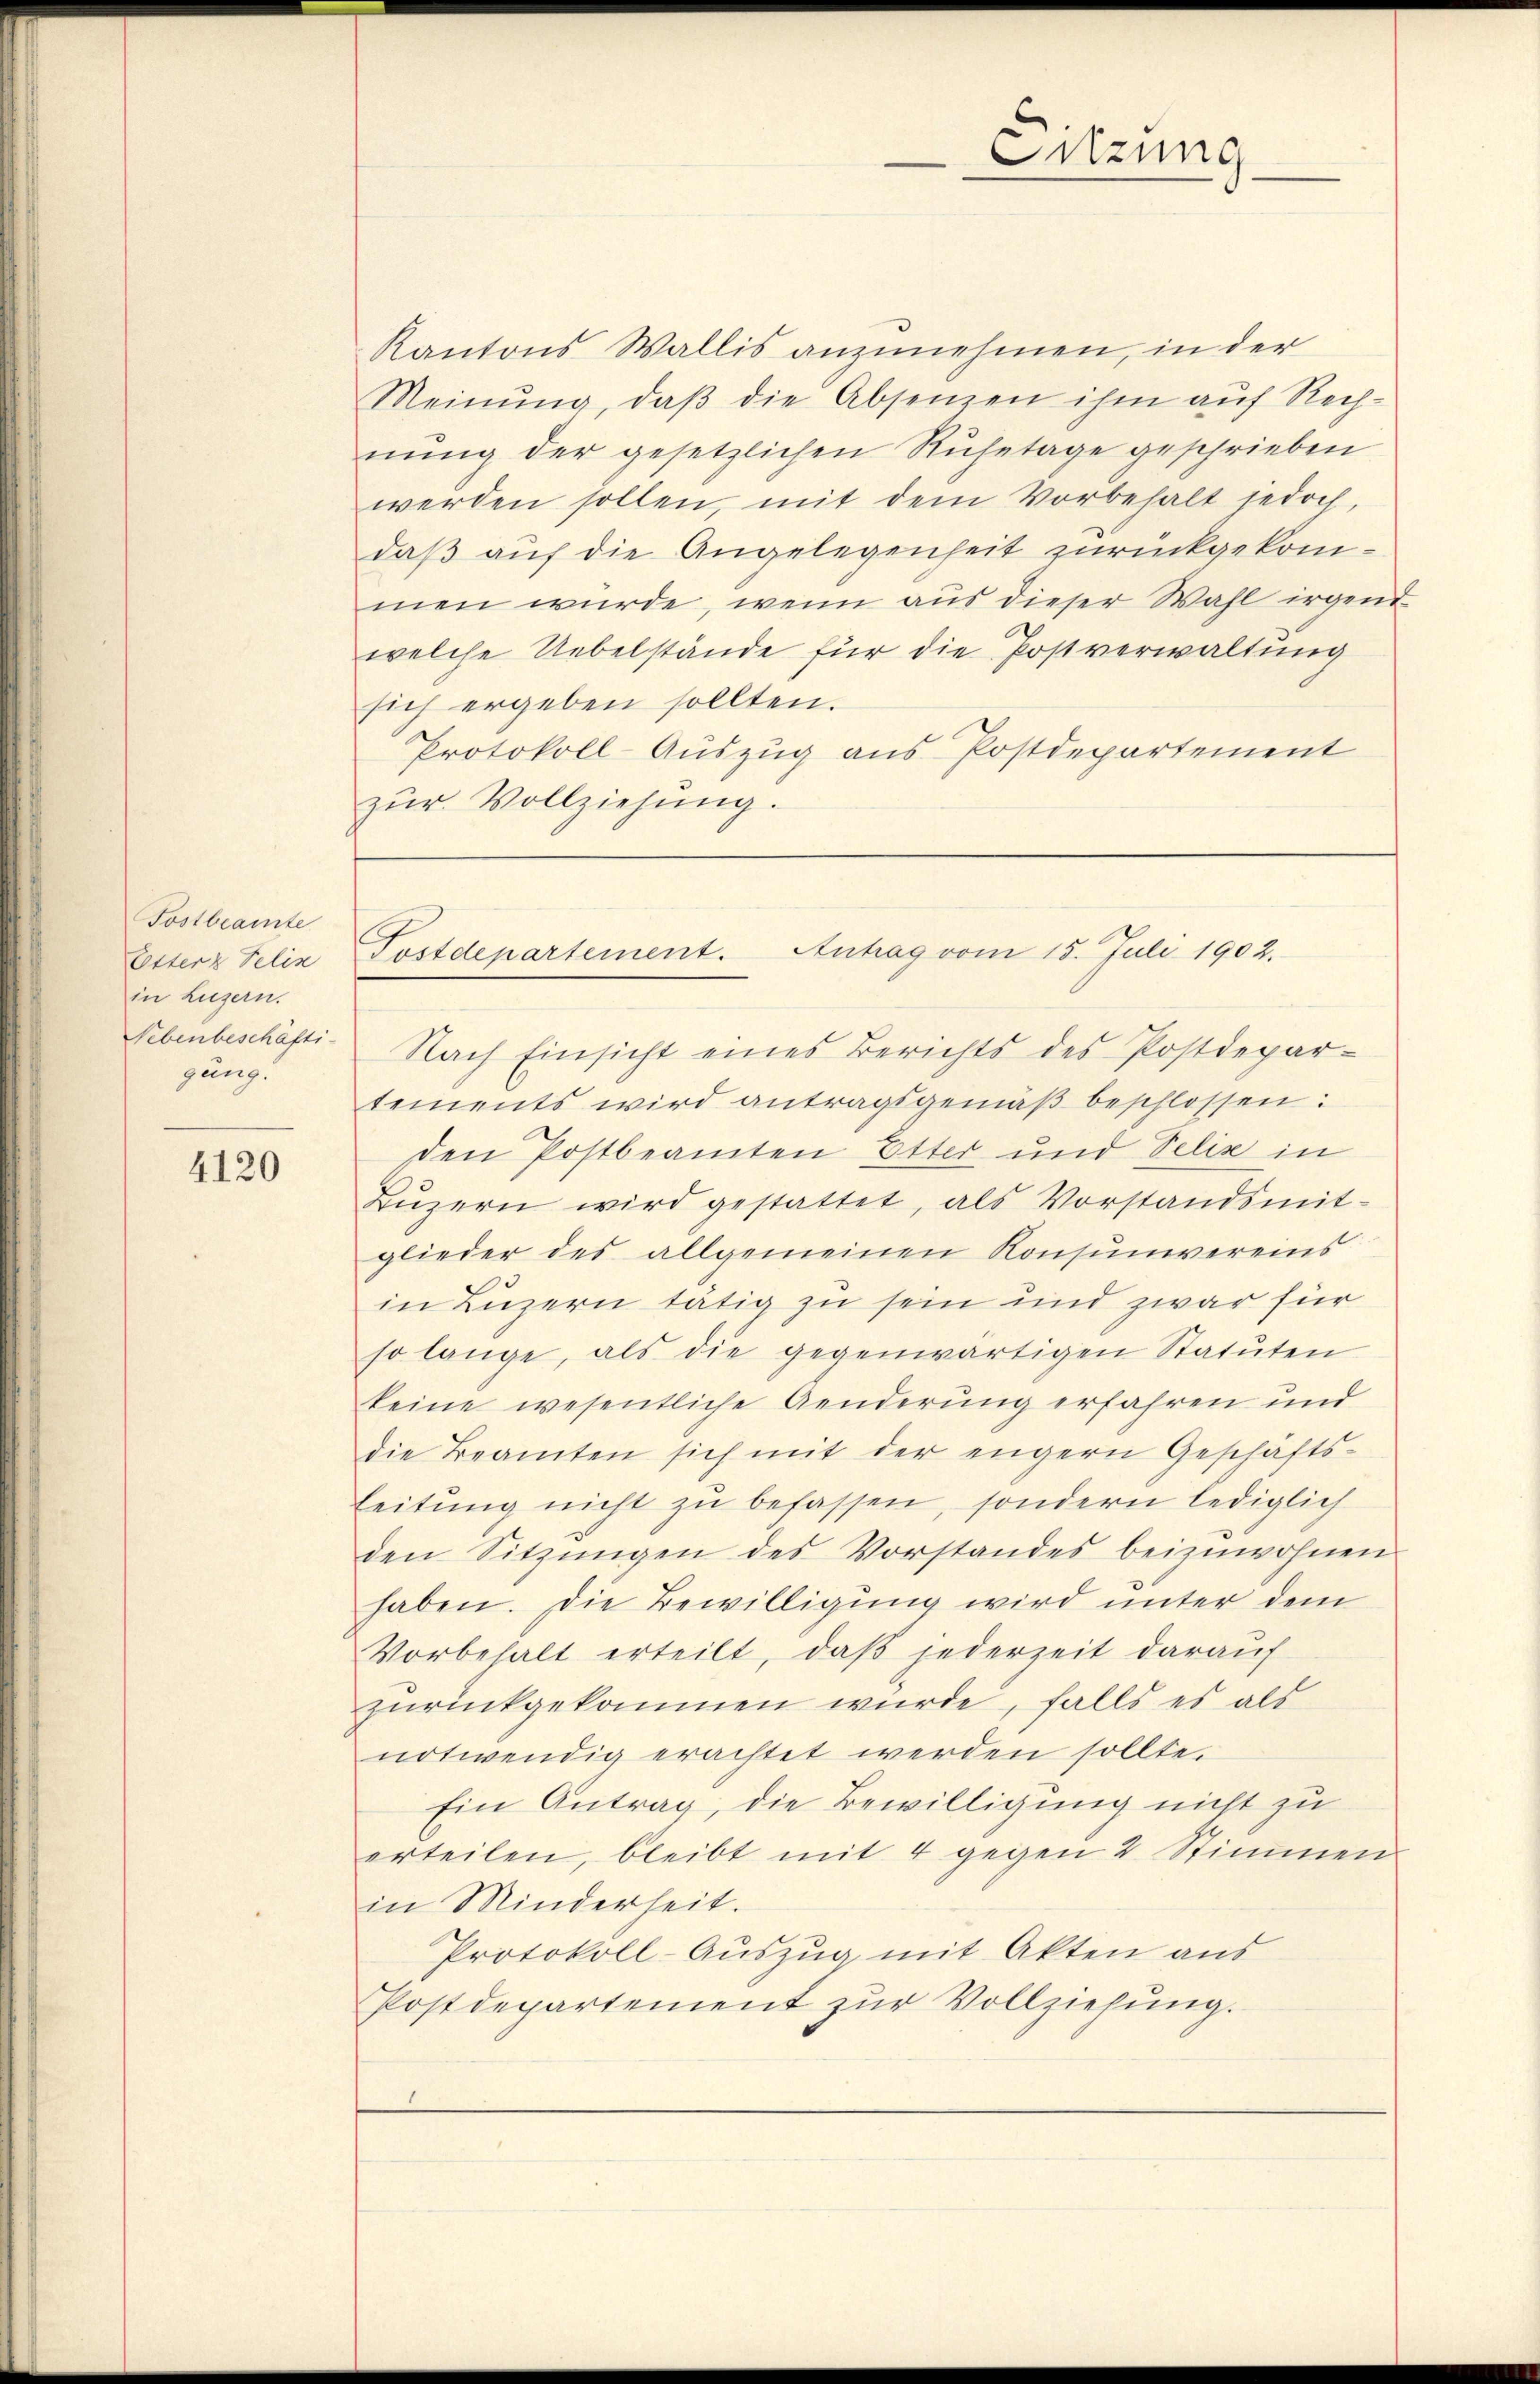
Tostbeamte
Etter Pelis
in Luzern.
gung.

4120

Kantons Wallis anzunehmen, in der
Meinŭng, daβ die Absenzen ihm auf Rechnŭng der gesetzlichen Ruhetage geschrieben
werden sollen, mit dem Vorbehalt jedoch,
daβ aŭf die Angelegenheit zurückgekommen würde, wenn aus dieser Wahl irgend
welche Uebelstände für die Postverwaltung
sich ergeben sollten.
Protokoll-Auszug aus Postdepartement
zŭr Vollziehung.

Sitzung

Postdepartement. Antrag vom 15. Juli 1902.

Nebenbeschäfti Nach Einsicht eines Berichts des Postdepar-
tements wird antragsgemäβ beschlossen:
den Postbeamten Etter und Felix in
Lŭzern wird gestattet, als Vorstandsmit-
glieder des allgemeinen Konsumvereins
in Luzern tätig zu sein und zwar für
so lange, als die gegenwärtigen Statuten
keine wesentliche Aenderung erfahren und
die Beamten sich mit der engern Geschäfts-
Leitŭng nicht zŭ befassen, sondern lediglich
den Sitzŭngen des Vorstandes beizuwohnen.
haben. Die Bewilligung wird unter dem
Vorbehalt erteilt, daβ jederzeit darauf
zurückgekommen würde, falls es als
notwendig erachtet werden sollte.
Ein Antrag, die Bewilligung nicht zu
erteilen, bleibt mit 4 gegen 2 Stimmen
in Minderheit.
Protokoll-Auszug mit Akten aus
Postdepartement zur Vollziehung.